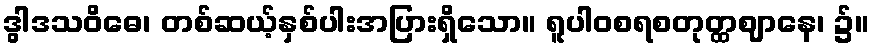
ဒွါဒသဝိဓေ၊ တစ်ဆယ့်နှစ်ပါးအပြားရှိသော။ ရူပါဝစရစတုတ္ထဈာနေ၊ ၌။